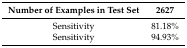
<table><thead><tr><td><b>Number of Examples in Test Set</b></td><td><b>2627</b></td></tr></thead><tbody><tr><td>Sensitivity</td><td>81.18%</td></tr><tr><td>Sensitivity</td><td>94.93%</td></tr></tbody></table>